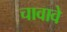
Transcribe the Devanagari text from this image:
चावावे